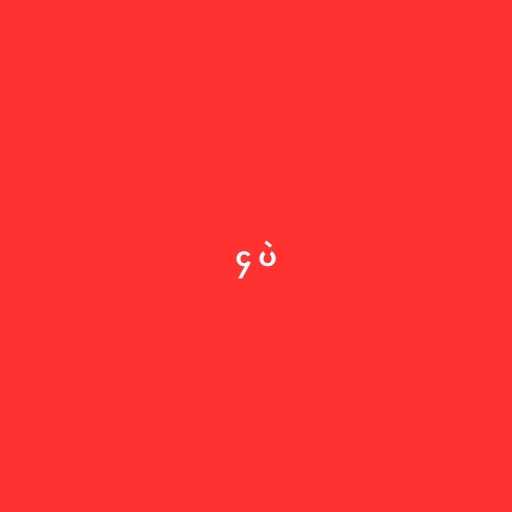
၄ ပဲ